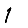
Digit: 1